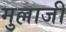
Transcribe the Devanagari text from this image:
मुल्लाजी